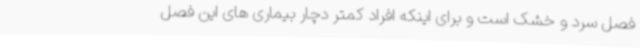
فصل سرد و خشک است و برای اینکه افراد کمتر دچار بیماری های این فصل